Scottish Leaving Certificate Examination, 1954
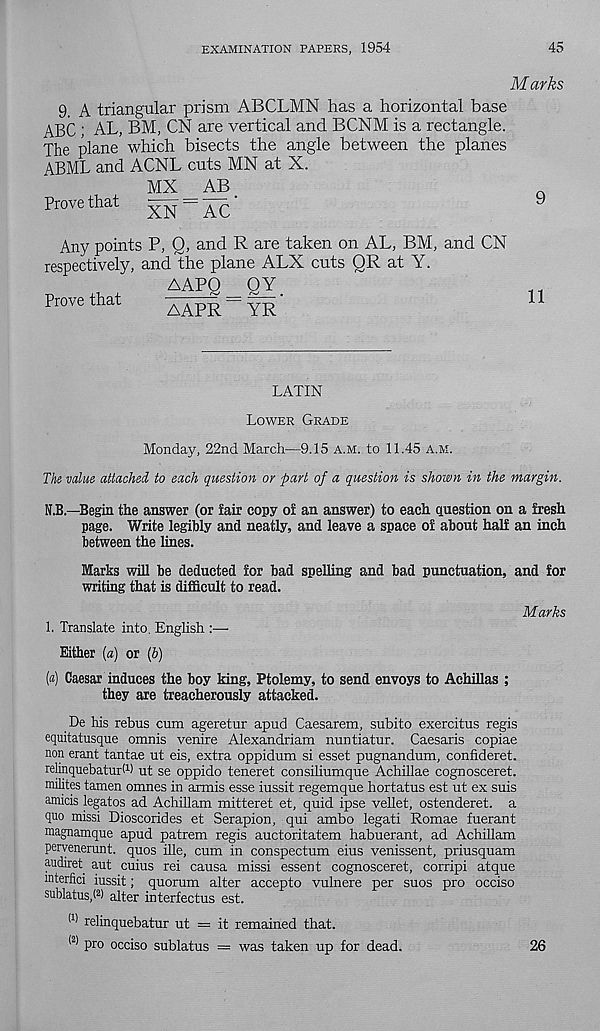
EXAMINATION PAPERS, 1954
45
Marks
9. A triangular prism ABCLMN has a horizontal base
ABC ; AL, BM, CN are vertical and BCNM is a rectangle.
The plane which bisects the angle between the planes
ABML and ACNL cuts MN at X.
MX
AB
Prove that
xiSl^AC
9
Any points P, Q, and R are taken on AL, BM, and CN
respectively, and the plane ALX cuts QR at Y.
Prove that
AAPQ
QY_
AAPR~ YR*
11
LATIN
Lower Grade
Monday, 22nd March—9.15 a.m. to 11.45 A.M.
The value attached, to each question or part of a question is shown in the margin.
N.B.—Begin the answer (or fair copy of an answer) to each question on a fresh
page. Write legibly and neatly, and leave a space of about half an inch
between the lines.
Marks will be deducted for bad spelling and bad punctuation, and for
writing that is difficult to read.
Marks
1. Translate into. English :—
Either (a) or {h)
[a] Caesar induces the boy king, Ptolemy, to send envoys to Achillas ;
they are treacherously attacked.
De his rebus cum ageretur apud Caesarem, subito exercitus regis
equitatusque omnis venire Alexandriam nuntiatur. Caesaris copiae
non erant tantae ut eis, extra oppidum si esset pugnandum, confideret.
relinquebaturM ut se oppido teneret consiliumque Achillae cognosceret.
milites tamen omnes in armis esse iussit regemque hortatus est ut ex suis
amicis legatos ad Achillam mitteret et, quid ipse vellet, ostenderet. a
quo missi Dioscorides et Serapion, qui ambo legati Romae fuerant
magnamque apud patrem regis auctoritatem habuerant, ad Achillam
pervenerunt. quos ille, cum in conspectum eius venissent, priusquam
audiret aut cuius rei causa missi essent cognosceret, corripi atque
interfici iussit; quorum alter accepto vulnere per suos pro occiso
sublatus/ 2 ) alter interfectus est.
(1) relinquebatur ut - it remained that.
(2) pro occiso sublatus = was taken up for dead.
26